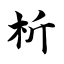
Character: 析